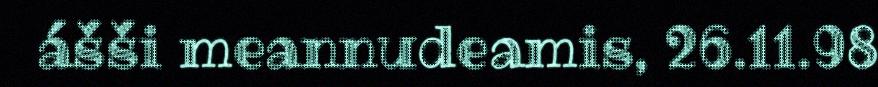
ášši meannudeamis, 26.11.98